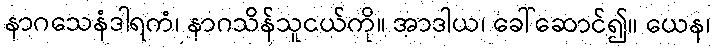
နာဂသေနံဒါရကံ၊ နာဂသိန်သူငယ်ကို။ အာဒါယ၊ ခေါ်ဆောင်၍။ ယေန၊